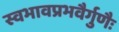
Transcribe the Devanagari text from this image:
स्वभावप्रभवैर्गुणैः